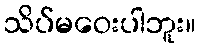
သိပ်မဝေးပါဘူး။